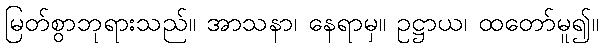
မြတ်စွာဘုရားသည်။ အာသနာ၊ နေရာမှ။ ဥဋ္ဌာယ၊ ထတော်မူ၍။